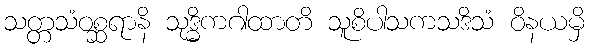
သတ္တသံဝစ္ဆရာနိ သုဒ္ဓိကဂါထာတိ သူစိပါသကသဒိသံ ဝိနယမှိ